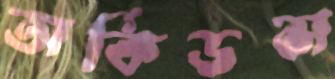
অর্কিডস